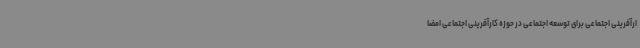
ارآفرینی اجتماعی برای توسعه اجتماعی در حوزه کارآفرینی اجتماعی امضا